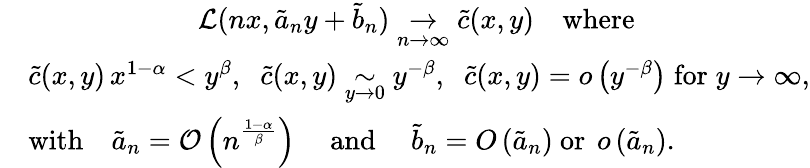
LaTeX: \begin{array}{rl}&{\qquad\qquad\qquad\mathcal{L}(nx,\tilde{a}_{n}y+\tilde{b}_{n})\underset{n\to\infty}{\to}\tilde{c}(x,y)\quad\mathrm{where}}\\ &{\tilde{c}(x,y)\, x^{1-\alpha}<y^{\beta},\; \; \tilde{c}(x,y)\underset{y\to 0}{\sim}y^{-\beta},\; \; \tilde{c}(x,y)=o\left(y^{-\beta}\right)\; \mathrm{for}\; y\to\infty,}\\ &{\mathrm{with}\quad\tilde{a}_{n}=\mathcal{O}\left(n^{\frac{1-\alpha}{\beta}}\right)\quad\mathrm{~and~}\quad\tilde{b}_{n}={O}\left(\tilde{a}_{n}\right)\mathrm{~or~}\, o\left(\tilde{a}_{n}\right).}\end{array}